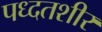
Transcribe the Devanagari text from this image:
पध्दतशीर